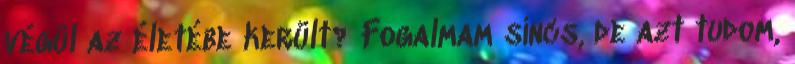
végül az életébe került? Fogalmam sincs, de azt tudom,